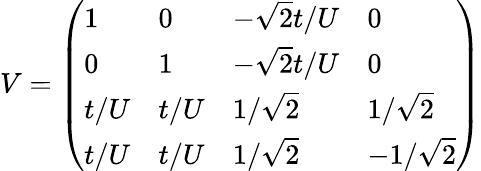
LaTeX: V=\left(\begin{array}{llll}{1}&{0}&{-\sqrt{2}t/U}&{0}\\ {0}&{1}&{-\sqrt{2}t/U}&{0}\\ {t/U}&{t/U}&{1/\sqrt{2}}&{1/\sqrt{2}}\\ {t/U}&{t/U}&{1/\sqrt{2}}&{-1/\sqrt{2}}\end{array}\right)